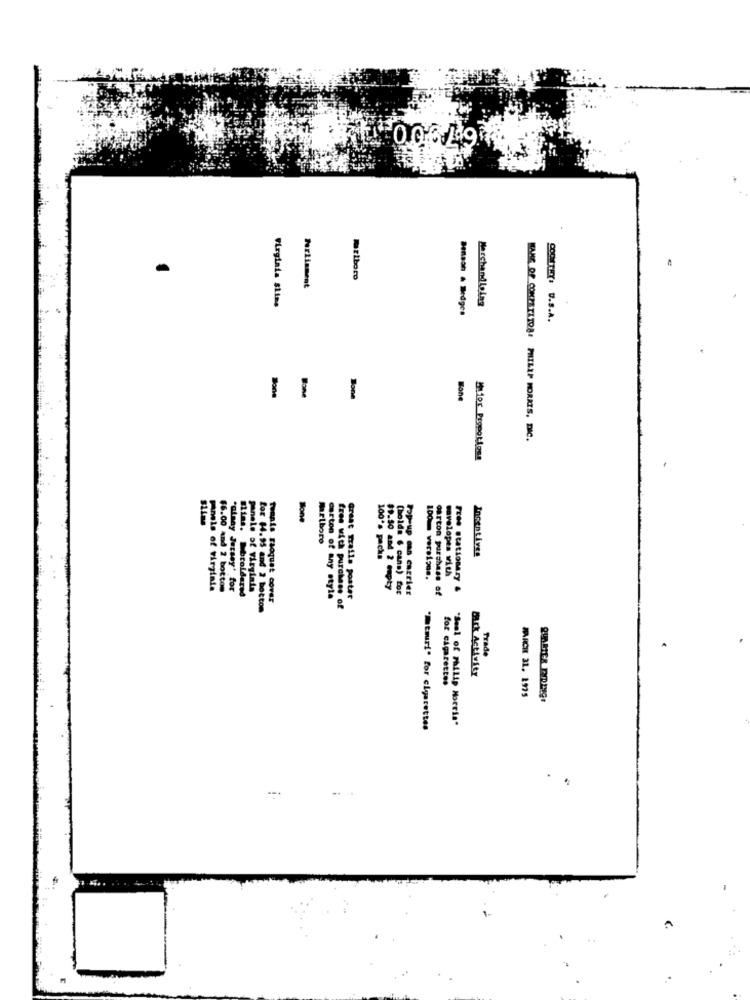
ziborD
Perliament
Marchand Laing
Virginia sLine
Benson & Bedges
COCTEY. U.S.A.
KANE OF CONZETLID&: PHILIP MORRIS, DIC.
Maior Prgpotions
Mone
marlboro
Incentives
100's packs
cavelopes with
Fres stationary
panels of virginia
$6.00 And 2 bottom
Elias, Mbroldared
panele of virginia
89.30 and 2 cupty
(holds 6 cans) for
Pop-up can carrier
carton purchase of
Twanis raoquat cover
carton of any style
Great Trails poster
for $4.95 and 2 botton
free with purchase of
Trade
for cigarettes
Bark Activity
MARCH 31. 1975
"Seal of Philip Morris"
"mtour!" for cigarettes